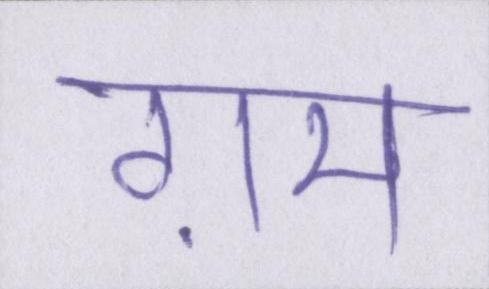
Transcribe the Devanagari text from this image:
ग़म